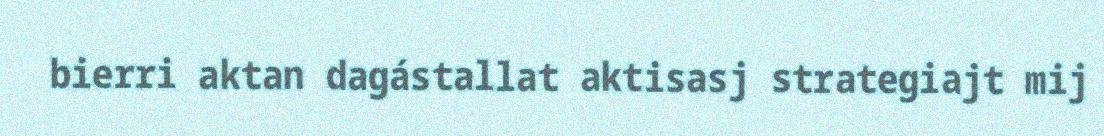
bierri aktan dagástallat aktisasj strategiajt mij